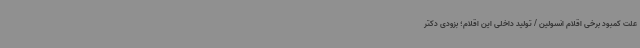
علت کمبود برخی اقلام انسولین / تولید داخلی این اقلام؛ بزودی دکتر